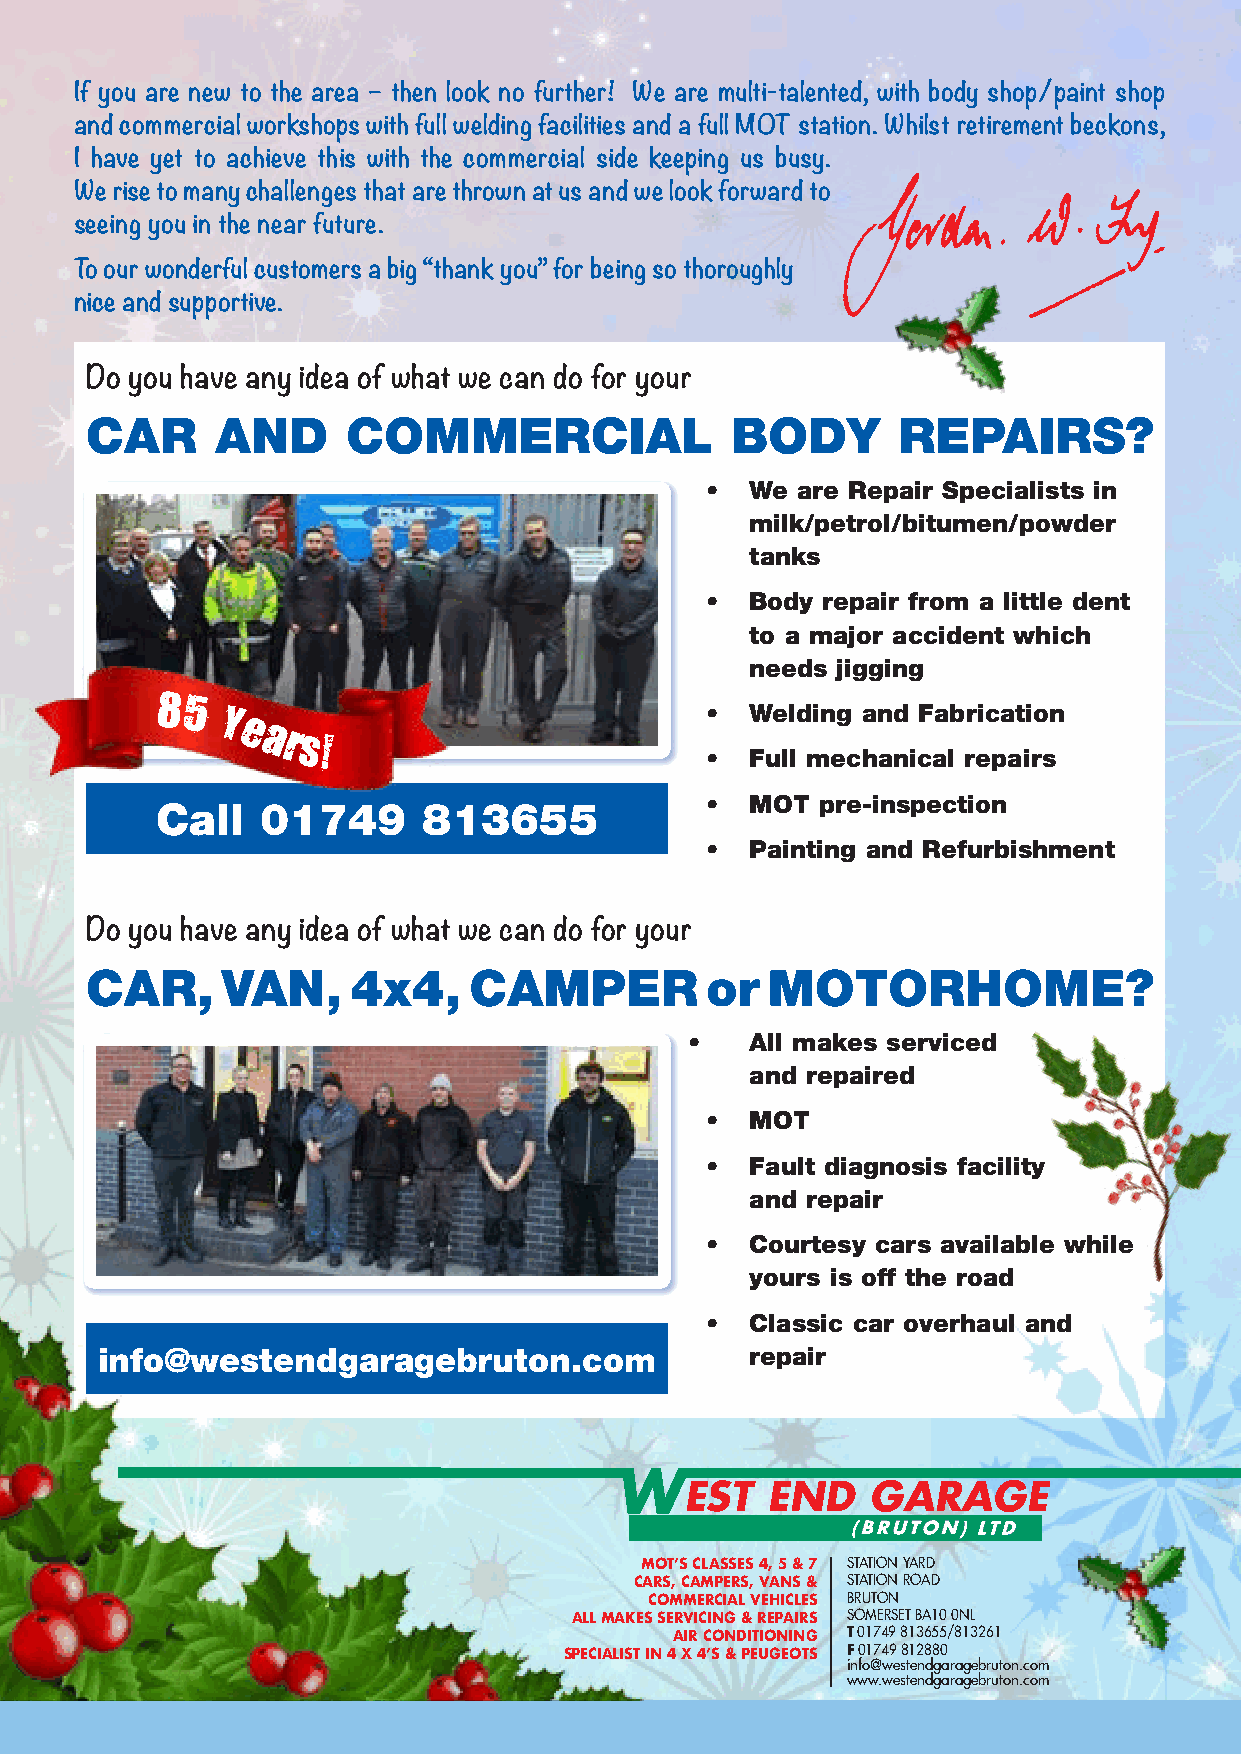
If you are new to the area – then look no further! We are multi-talented, with body shop/paint shop
 and commercial workshops with full welding facilities and a full MOT station. Whilst retirement beckons,
 I have yet to achieve this with the commercial side keeping us busy.
 We rise to many challenges that are thrown at us and we look forward to
 seeing you in the near future.
 To our wonderful customers a big “thank you” for being so thoroughly
 nice and supportive.
 Do you have any idea of what we can do for your
 CAR     AND      COMMERCIAL               BODY       REPAIRS?
 •  We are Repair Specialists in
 milk/petrol/bitumen/powder
 tanks
 •  Body repair from a little dent
 to a major accident which
 needs jigging
 85
 •  Welding and Fabrication
 Y
 e
 ars!
 •  Full mechanical repairs
 •  MOT pre-inspection
 Call   01749      813655
 •  Painting and Refurbishment
 Do you have any idea of what we can do for your
 CAR,     VAN,    4x4,    CAMPER          or  MOTORHOME?
 •   All makes serviced
 and repaired
 •  MOT
 •  Fault diagnosis facility
 and repair
 •  Courtesy cars available while
 yours is off the road
 •  Classic car overhaul and
 info@westendgaragebruton.com               repair
 EST   END    GARAGE
 (BRUTON) LTD
 MOT’S CLASSES 4, 5 & 7 STATION YARD
 CARS, CAMPERS, VANS & STATION ROAD
 COMMERCIAL VEHICLES BRUTON
 ALL MAKES SERVICING & REPAIRS SOMERSET BA10 0NL
 AIR CONDITIONING T 01749 813655/813261
 SPECIALIST IN 4 X 4’S & PEUGEOTS F 01749 812880
 info@westendgaragebruton.com
 www.westendgaragebruton.com